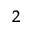
^ 2